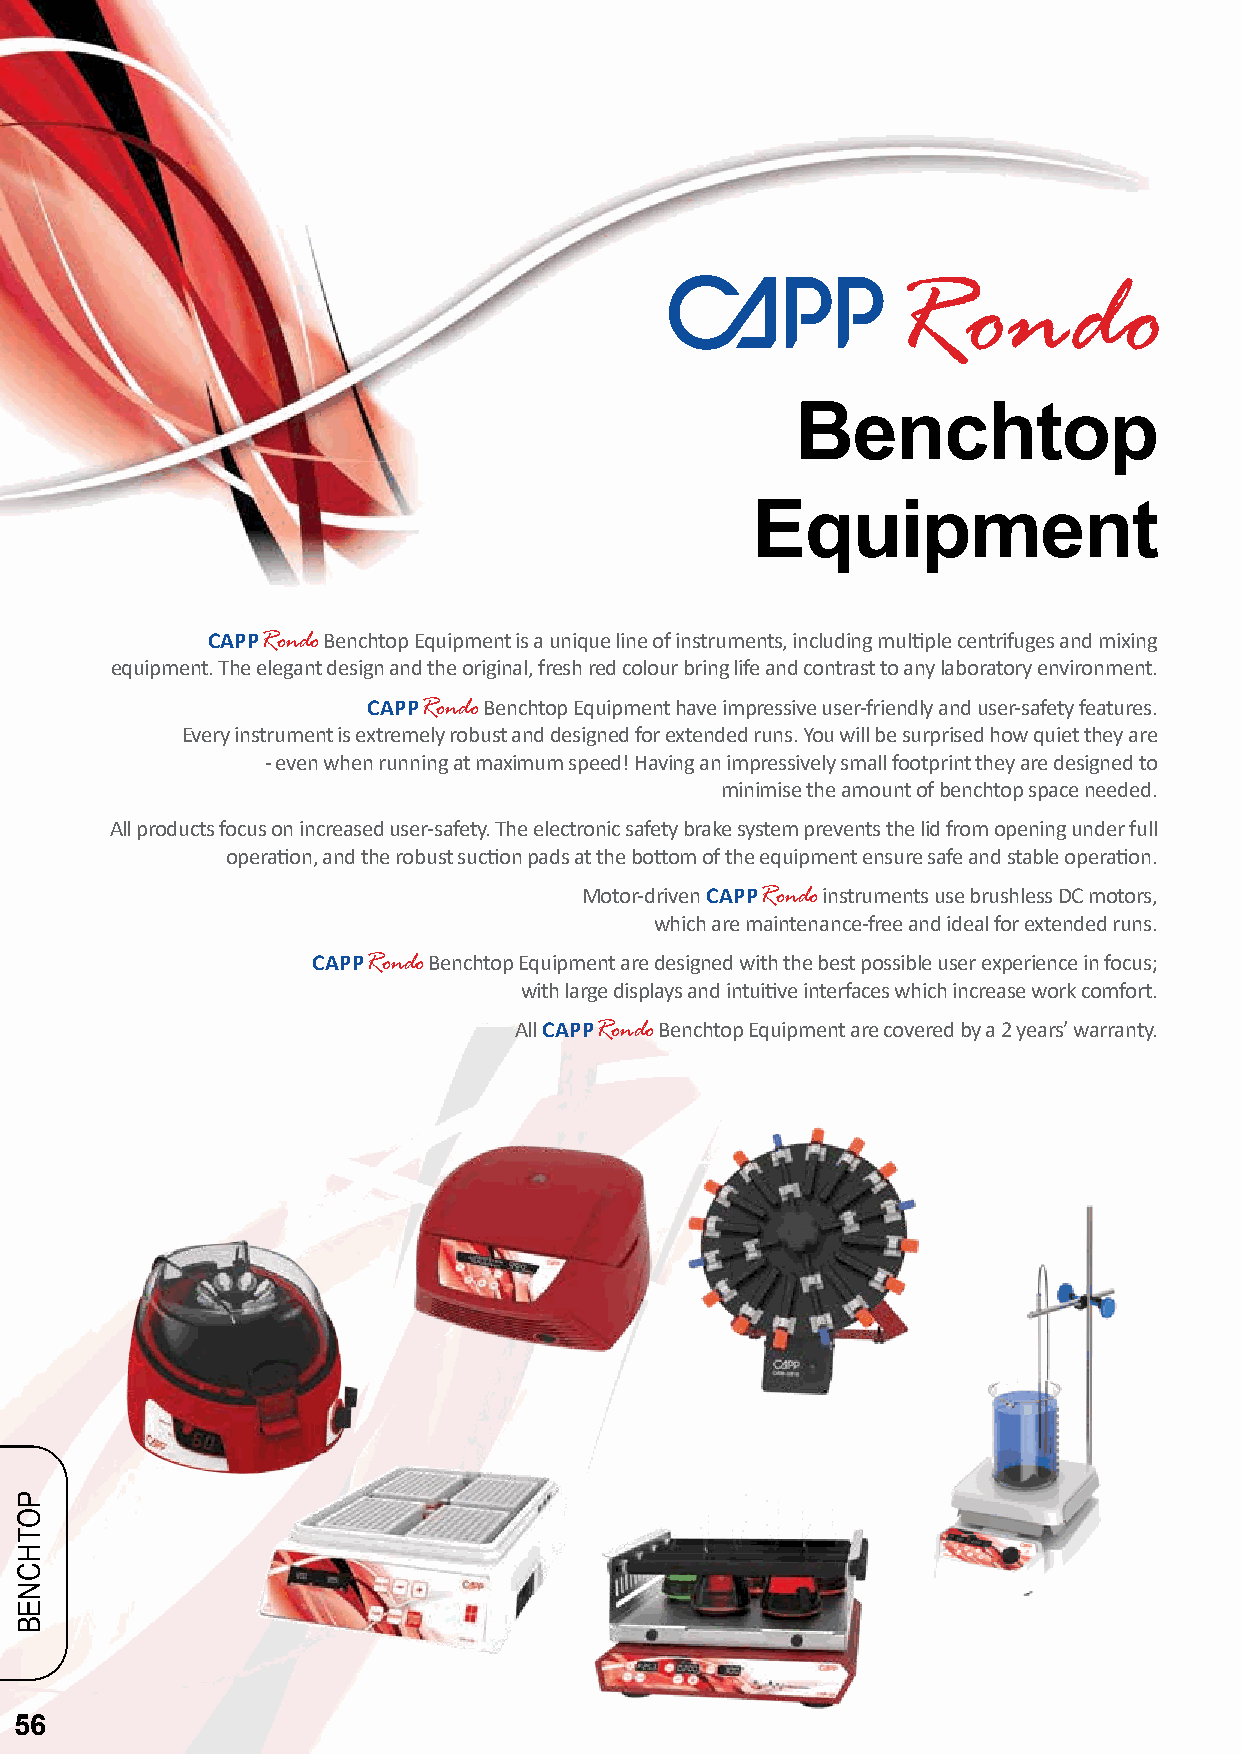
Rondo
 Benchtop
 Equipment
 CAPPRondo Benchtop Equipment is a unique line of instruments, including multiple centrifuges and mixing
 equipment. The elegant design and the original, fresh red colour bring life and contrast to any laboratory environment.
 CAPPRondo Benchtop Equipment have impressive user-friendly and user-safety features.
 Every instrument is extremely robust and designed for extended runs. You will be surprised how quiet they are
 - even when running at maximum speed! Having an impressively small footprint they are designed to
 minimise the amount of benchtop space needed.
 All products focus on increased user-safety. The electronic safety brake system prevents the lid from opening under full
 operation, and the robust suction pads at the bottom of the equipment ensure safe and stable operation.
 Motor-driven CAPPRondo instruments use brushless DC motors,
 which are maintenance-free and ideal for extended runs.
 CAPPRondo Benchtop Equipment are designed with the best possible user experience in focus;
 with large displays and intuitive interfaces which increase work comfort.
 All CAPPRondo Benchtop Equipment are covered by a 2 years’ warranty.
 56
 POTHCNEB